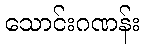
သောင်းဂဏန်း